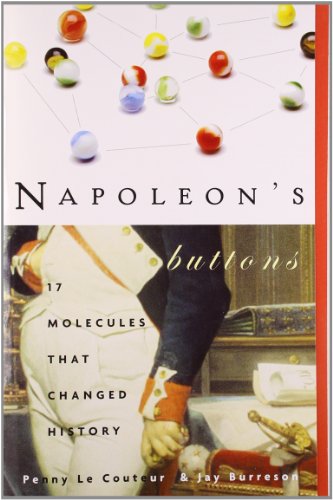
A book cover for Napoleon's Buttons: How 17 Molecules Changed History; Penny Le Couteur; Science & Math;